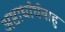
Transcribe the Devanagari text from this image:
अष्टार्धार्धबाहु